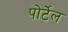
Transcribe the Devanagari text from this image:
पोर्टेल